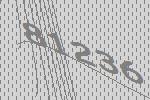
81236